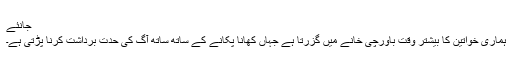
جانئے
ہماری خواتین کا بیشتر وقت باورچی خانے میں گزرتا ہے جہاں کھانا پکانے کے ساتھ ساتھ آگ کی حدت برداشت کرنا پڑتی ہے۔